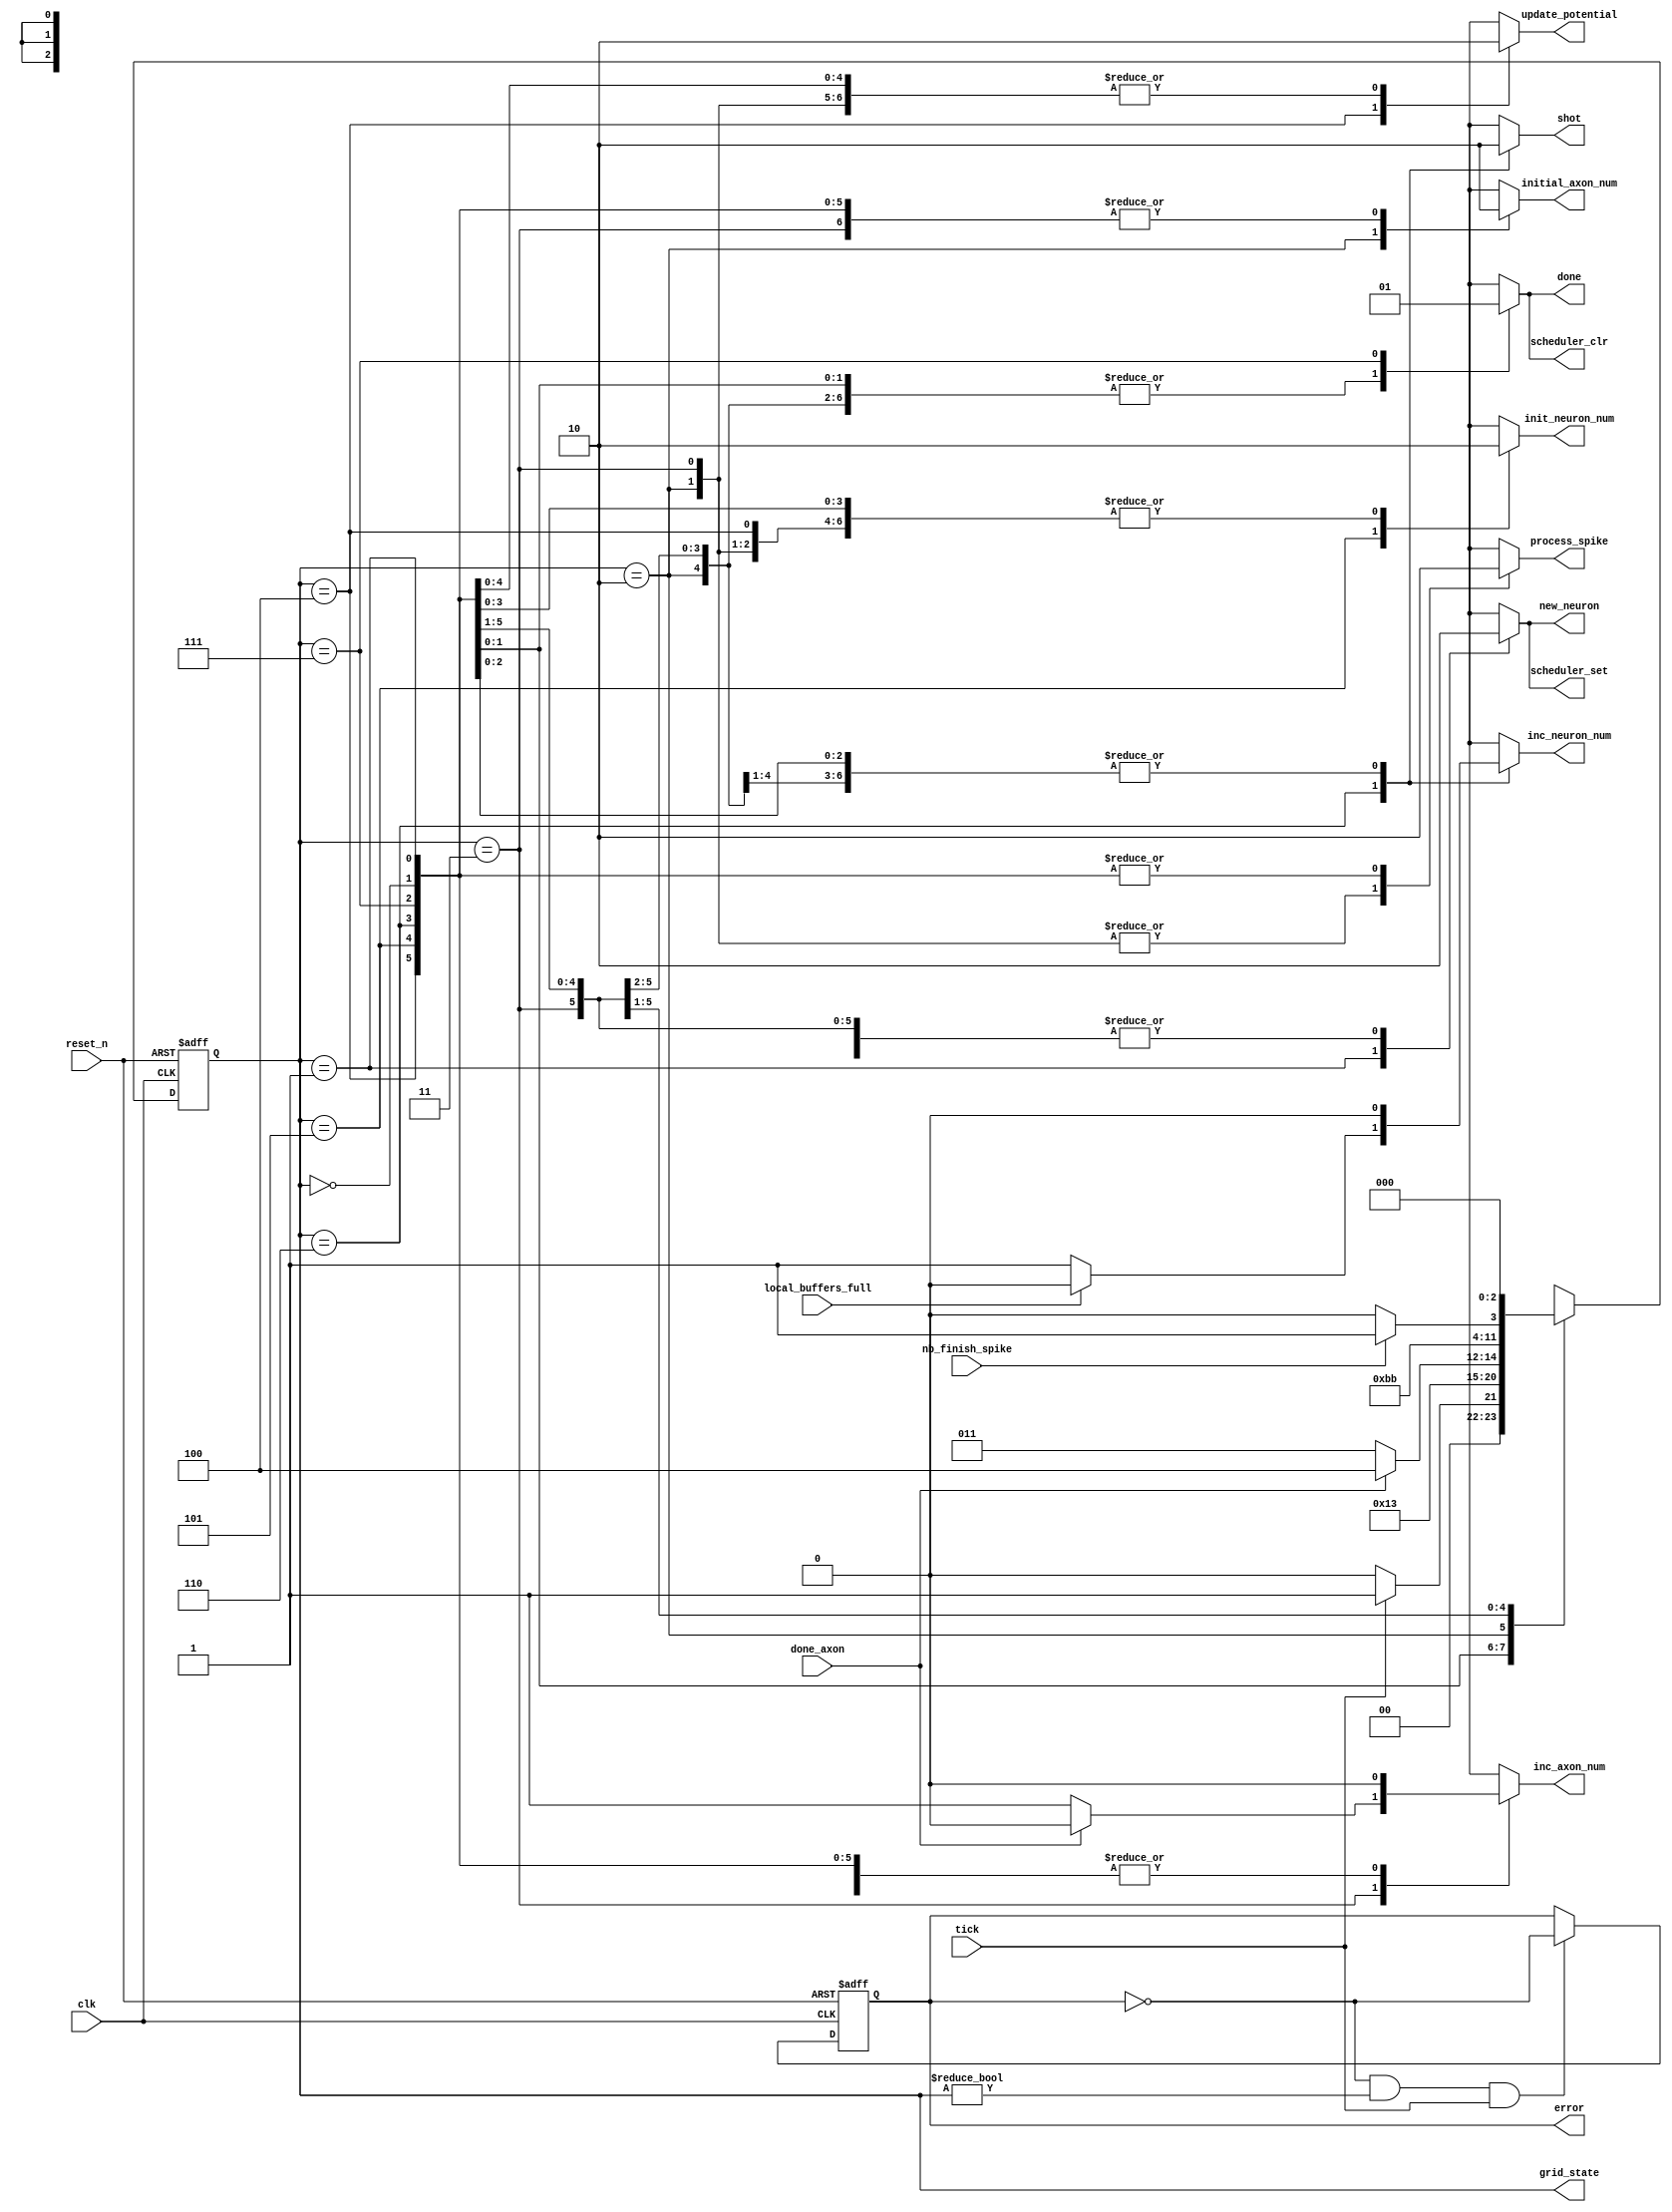
module neuron_grid_controller(
    input local_buffers_full, nb_finish_spike,

    input tick,
    input done_axon,
    input clk,
    input reset_n,
    output reg process_spike,
    output reg scheduler_clr,
    output reg scheduler_set,
    output reg initial_axon_num,
    output reg inc_axon_num,
    output reg new_neuron,
    output reg update_potential,
    output reg done,
    output reg error,
    output [2:0] grid_state,
    output reg inc_neuron_num, 
    init_neuron_num, shot
);


localparam IDLE     = 0;
localparam GET_DATA = 1;
localparam INITIAL  = 2;
localparam SPIKE_IN = 3;
localparam UPDATE   = 4;
localparam PRE_SHOT = 5;
localparam SHOT     = 6;
localparam LAST      = 7;

reg [2:0] current_state, next_state;

assign grid_state = current_state;
always @(*) begin
    initial_axon_num = 0;
    scheduler_set = 0;
    scheduler_clr = 0;
    new_neuron = 0;
    process_spike = 0;
    inc_axon_num = 0;
    update_potential = 0;
    done = 0;
    init_neuron_num = 0;
    inc_neuron_num = 0;
    shot = 0;
    //////
    case(current_state)
    IDLE: begin
        next_state = tick ? GET_DATA : IDLE;
    end
    GET_DATA: begin
        scheduler_set = 1;
        next_state = INITIAL;
        new_neuron = 1;
    end
    INITIAL: begin
        initial_axon_num = 1;
        // new_neuron = 1;
        process_spike = 1;
        next_state = SPIKE_IN;
    end
    SPIKE_IN: begin
        process_spike = 1;
        if(done_axon) next_state = UPDATE;
        else begin
            inc_axon_num = 1;
            next_state = SPIKE_IN;
        end
    end
    UPDATE: begin
        update_potential = 1;
        // spike_out = spike_in;
        next_state = PRE_SHOT;
    end
    PRE_SHOT: begin
        init_neuron_num = 1;
        next_state = SHOT;
    end
    SHOT: begin
        if(~local_buffers_full) inc_neuron_num = 1;
        next_state = nb_finish_spike ? LAST : SHOT;
        shot = 1;
    end
    LAST: begin
        scheduler_clr = 1;
        done = 1;
        next_state = IDLE;
    end
    default: next_state = IDLE;

    endcase
end



always @(posedge clk, negedge reset_n) begin
    if(~reset_n) begin
        current_state <= IDLE;
        error <= 0;
    end
    else begin
        current_state <= next_state;
        if(~error && current_state != IDLE && tick) error <= ~error;
        else error <= error;
    end
end



endmodule